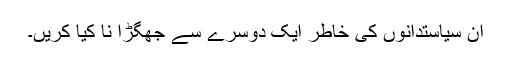
ان سیاستدانوں کی خاطر ایک دوسرے سے جھگڑا نا کیا کریں۔